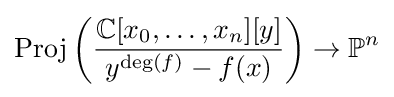
{\text{Proj}}\left({\frac {\mathbb {C} [x_{0},\ldots ,x_{n}][y]}{y^{{\text{deg}}(f)}-f(x)}}\right)\to \mathbb {P} ^{n}